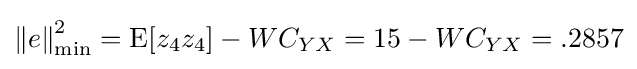
\left\Vert e\right\Vert _{\min }^{2}=\operatorname {E} [z_{4}z_{4}]-WC_{YX}=15-WC_{YX}=.2857